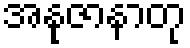
အနုဇာနာတု